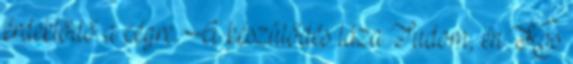
érdeklődő a cégre. A készülődés láza Tudom, én Kos